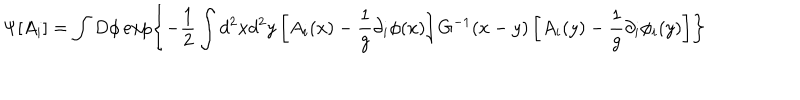
\Psi [ A _ { i } ] = \int D \phi \exp \left\{ - \frac { 1 } { 2 } \int d ^ { 2 } x d ^ { 2 } y \left[ A _ { i } ( x ) - \frac { 1 } { g } \partial _ { i } \phi ( x ) \right] G ^ { - 1 } ( x - y ) \left[ A _ { i } ( y ) - \frac { 1 } { g } \partial _ { i } \phi _ { i } ( y ) \right] \right\}